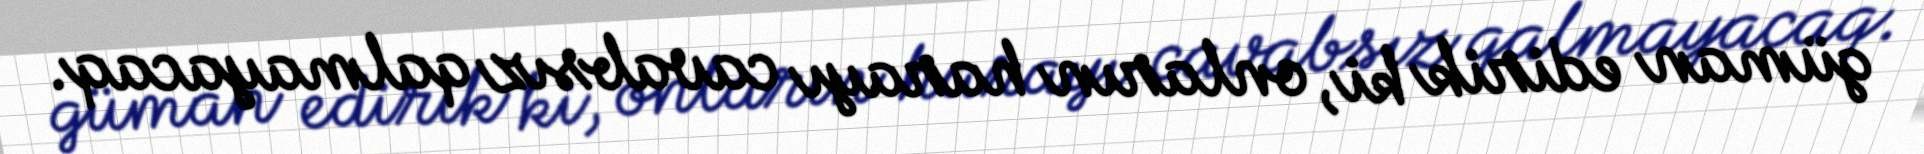
güman edirik ki, onların harayı cavabsız qalmayacaq.